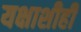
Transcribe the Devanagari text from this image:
यक्षाशीही